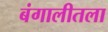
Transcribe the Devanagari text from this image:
बंगालीतला